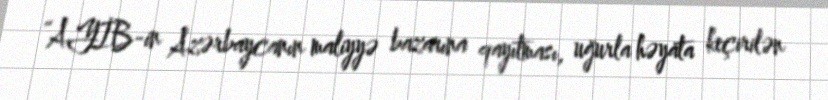
“AYİB-in Azərbaycanın maliyyə bazarına qayıtması, uğurla həyata keçirilən